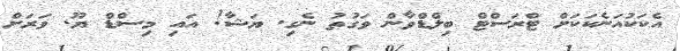
އެކަކުއަނެކަކަށް ޓްރަސްޓް ބިލްޑްވާން ވަގުތު ނެގި. ޔަޝާ! އައި މިސްޑް ޔޫ. ވަރަށް